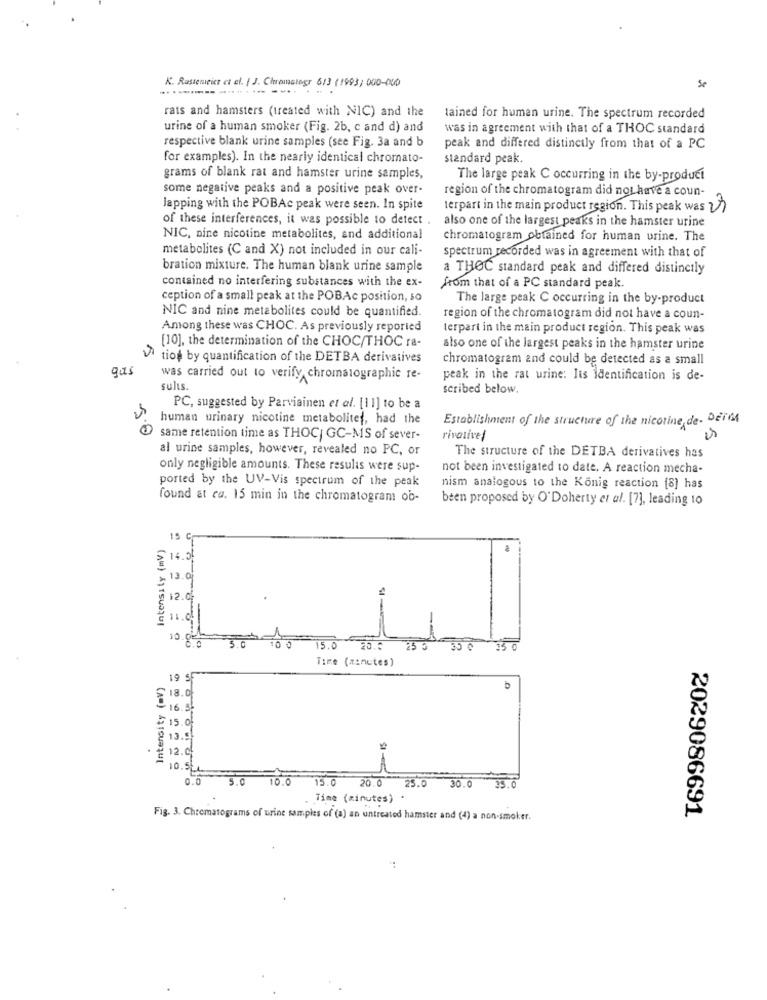
K. Rastemeist ct el. { J. Chromatogr 613 (1993; 000-000
.......... .......... ....
Se
rats and hamsters (treated with NIC) and the
tained for human urine. The spectrum recorded
urine of a human smoker (Fig. 2b, c and d) and
was in agreement with that of a THOC standard
respective blank urine samples (see Fig. 3a and b
peak and differed distinctly from that of a PC
for examples). In the nearly identical chromato-
standard peak.
grams of blank rat and hamster urine samples,
The large peak C occurring in the by-product
some negative peaks and a positive peak over-
region of the chromatogram did not have a coun-
Japping with the POBAc peak were seen. In spite
terpart in the main product region. This peak was
of these interferences, it was possible to detect . also one of the largest peaks in the hamster urine
NIC, nine nicotine metabolites, and additional
chromatogram obtained for human urine. The
metabolites (C and X) not included in our cali-
spectrum recorded was in agreement with that of
bration mixture. The human blank urine sample
a THOC standard peak and differed distinctly
contained no interfering substances with the ex-
from that of a PC standard peak.
ception of a small peak at the POBAc position, so
The large peak C occurring in the by-product
NIC and nine metabolites could be quantified.
region of the chromatogram did not have a coun-
Among these was CHOC. As previously reported
terpart in the main product region. This peak was
[10], the determination of the CHOC/THOC ra-
also one of the largest peaks in the hamster urine
tios by quantification of the DETBA derivatives
chromatogram and could be detected as a small
gas
was carried out to verify chromatographic re-
peak in the rat urine: Its Identification is de-
sults.
scribed below.
PC, suggested by Parviainen et al. [11] to be a
human urinary nicotine metabolitef, had the
Establishment of the structure of the nicotine de- Deil
5.0
same retention time as THOC GC-MS of sever-
rivotive!
al urine samples, however, revealed no PC, or
The structure of the DETBA derivatives has
only negligible amounts. These results were sup-
not been investigated to date. A reaction mecha-
ported by the UV-Vis spectrum of the peak
nism analogous to the Konig reaction [8] has
found at ca. 15 min in the chromatogram ob-
been proposed by O'Doherty et al. [7], leading 10
intensity (mv)
15 C
14.50
13-
12.
11.0
10 8
15.6
30 0
Time (minutes)
Intensity (av)
19 SF
: 18.
16.56
5. of
13.
12.
10.5
0.0
5.0 10.0
15.0
20.0
25.0 30.0 35.0
Time (minutes) .
2029086691
Fig. 3. Chromatograms of urine samples of (a) an untreated hamster and (4) a non-smoker.